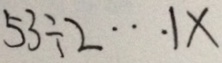
5 3 \div 2 \cdots 1 x